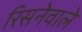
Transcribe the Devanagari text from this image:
रिसनेवाले